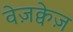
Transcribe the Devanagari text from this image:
वेज़क्वेज़